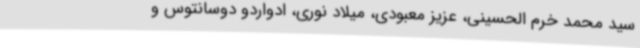
سید محمد خرم الحسینی، عزیز معبودی، میلاد نوری، ادواردو دوسانتوس و